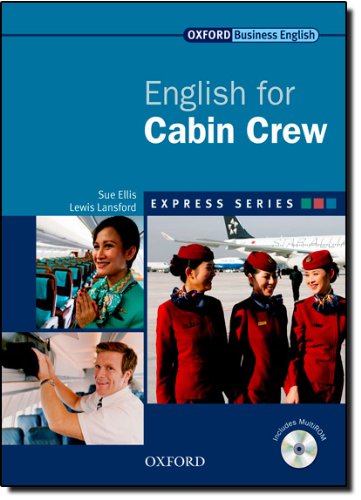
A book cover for English for Cabin Crew [With CDROM] (Oxford Business English); Sue Ellis; Travel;